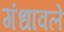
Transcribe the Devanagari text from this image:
गंधावले